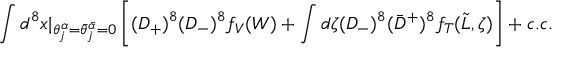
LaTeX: \int d ^ { 8 } x \vert _ { \theta _ { j } ^ { \alpha } = \bar { \theta } _ { j } ^ { \bar { \alpha } } = 0 } \left[ ( D _ { + } ) ^ { 8 } ( D _ { - } ) ^ { 8 } f _ { V } ( W ) + \int d \zeta ( D _ { - } ) ^ { 8 } ( \bar { D } ^ { + } ) ^ { 8 } f _ { T } ( \tilde { L } , \zeta ) \right] + c . c .